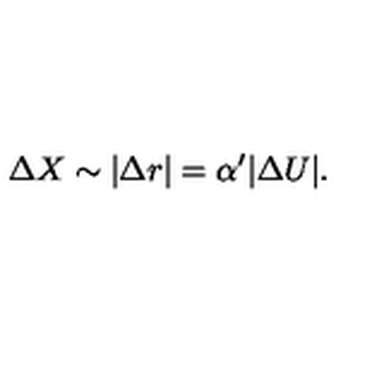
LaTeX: \Delta X \sim | \Delta r | = \alpha ^ { \prime } | \Delta U | .